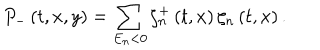
P _ { - } \left( t , x , y \right) = \sum _ { E _ { n } < 0 } \zeta _ { n } ^ { + } \left( t , x \right) \zeta _ { n } \left( t , x \right) .